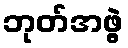
ဘုတ်အဖွဲ့